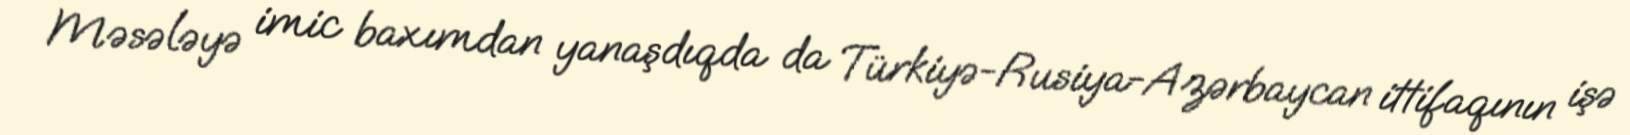
Məsələyə imic baxımdan yanaşdıqda da Türkiyə-Rusiya-Azərbaycan ittifaqının işə